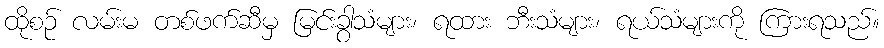
ထိုစဉ် လမ်းမ တစ်ဖက်ဆီမှ မြင်းခွာသံများ၊ ရထား ဘီးသံများ၊ ရယ်သံများကို ကြားရသည်။